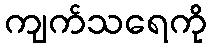
ကျက်သရေကို